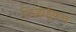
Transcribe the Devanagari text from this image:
गिर्‍हाईकच